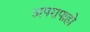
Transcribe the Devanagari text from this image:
अपरापाहो